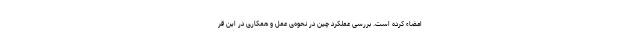
امضاء کرده است. بررسی عملکرد چین در نحوه‌ی عمل و همکاری در این قر